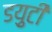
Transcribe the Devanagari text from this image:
डय़ुटी